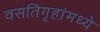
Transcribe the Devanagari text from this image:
वसतिगृहांमध्ये